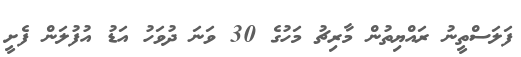
ފަލަސްތީނު ރައްޔިތުން މާރިޗު މަހުގެ 30 ވަނަ ދުވަހު އަޑު އުފުލަން ފެށީ